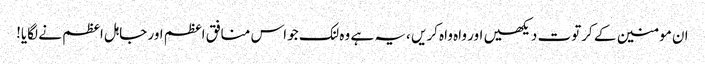
ان مومنین کے کرتوت دیکھیں اور واہ واہ کریں ،یہ ہے وہ لنک جو اس منافق اعظم اور جاہل اعظم نے لگایا!